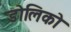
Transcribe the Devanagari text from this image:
डोलिको